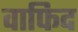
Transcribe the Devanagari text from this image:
वाफिद